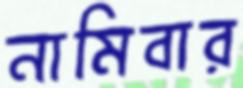
নামিবার